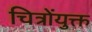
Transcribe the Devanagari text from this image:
चित्रोंयुक्त